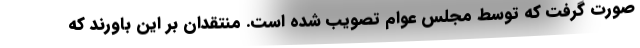
صورت گرفت که توسط مجلس عوام تصویب شده است. منتقدان بر این باورند که